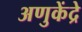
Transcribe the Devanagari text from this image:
अणुकेंद्रे